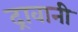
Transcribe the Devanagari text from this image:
द्रावानी